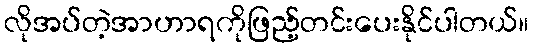
လိုအပ်တဲ့အာဟာရကိုဖြည့်တင်းပေးနိုင်ပါတယ်။